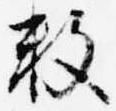
数